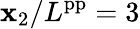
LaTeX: \mathbf{x}_{2}/L^{\mathrm{{pp}}}=3